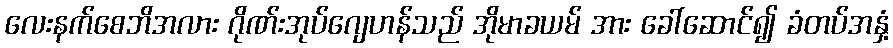
လေးနက်စေဘိအလား ဂိုဏ်းအုပ်ဂျေဟန်သည် အိုမာခယမ် အား ခေါ်ဆောင်၍ ခံတပ်အနှံ့